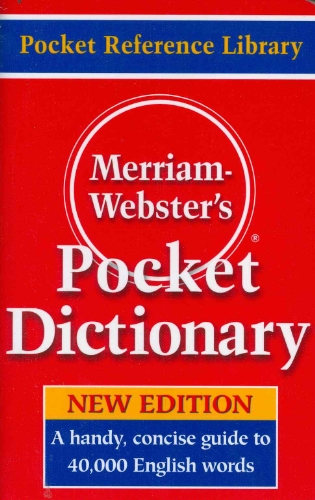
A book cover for Merriam-Webster's Pocket Dictionary; Merriam-Webster; Reference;